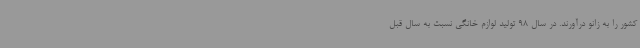
کشور را به زانو درآورند. در سال 98 تولید لوازم خانگی نسبت به سال قبل